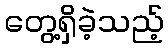
တွေ့ရှိခဲ့သည့်